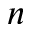
n